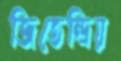
জিতেন্দ্রিয়